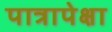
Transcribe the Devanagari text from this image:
पात्रापेक्षा